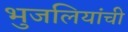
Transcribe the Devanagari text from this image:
भुजलियांची